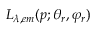
L _ { \lambda , e m } ( p ; \theta _ { r } , \varphi _ { r } )